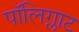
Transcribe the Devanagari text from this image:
पॉलिग्लाट